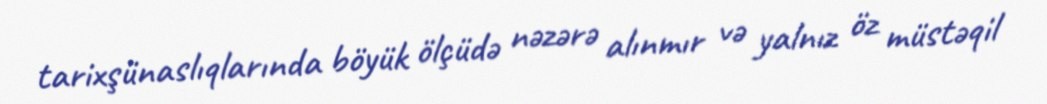
tarixşünaslıqlarında böyük ölçüdə nəzərə alınmır və yalnız öz müstəqil